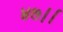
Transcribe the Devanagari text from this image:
४७।।